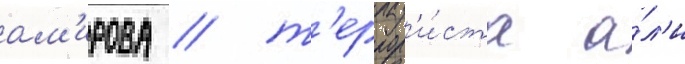
ам'ирова / т'еррор'и́ста а́л'и